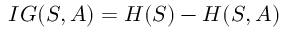
I G ( S , A ) = H ( S ) - H ( S , A )